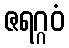
ဇရဂ္ဂဝံ